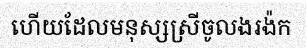
ហើយដែលមនុស្សស្រីចូលងរង៉ក